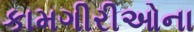
કામગીરીઓના